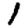
Digit: 1